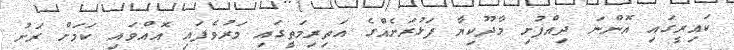
ކައިރީގައި އޮންނަ ދިއްފުށި މާދޫކިޔާ ފަޅުރަށެއްގެ އަތިރިމަތީގައި މަރުވެފައި އޮއްވައި ކަމަށް ރަށު